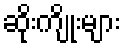
ဆိုးကျိုးများ